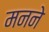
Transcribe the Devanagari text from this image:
मनने